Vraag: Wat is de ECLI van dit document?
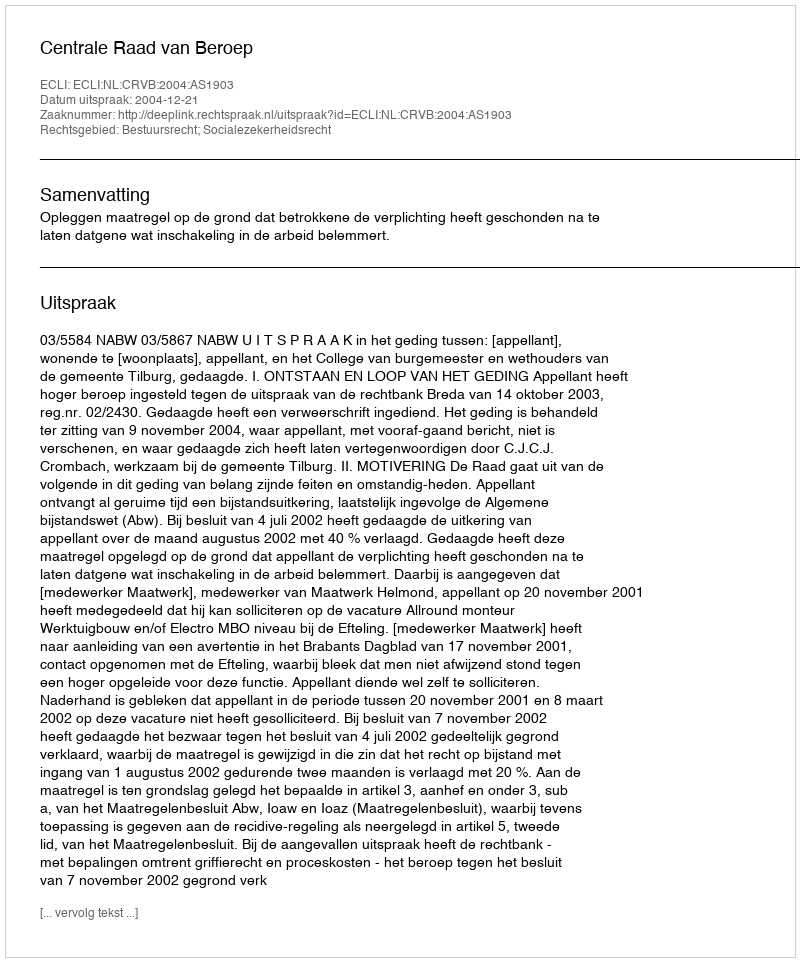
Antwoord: ECLI:NL:CRVB:2004:AS1903